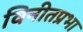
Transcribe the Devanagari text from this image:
विनीतप्रभा